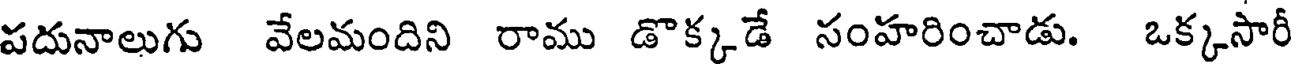
పదునాలుగు వేలమందిని రాము డొక్కడే సంహరించాడు. ఒక్కసారీ